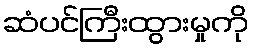
ဆံပင်ကြီးထွားမှုကို